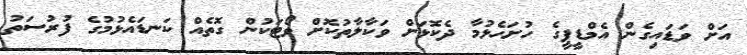
އަށް ވަޑައިގެން އެމްޑީޕީގެ ހުށަހެޅުމާ ދެކޮޅަށް ވަކާލާތުކޮށް ވޯޓަކުން ގޮތެއް ކަނޑައެޅުމުގެ ފުރުސަތު